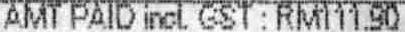
AMT PAID INCL GST : RM111.90